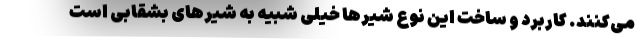
می‌کنند. کاربرد و ساخت این نوع شیرها خیلی شبیه به شیرهای بشقابی است